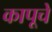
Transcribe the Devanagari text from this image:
कापूचे